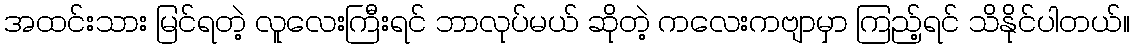
အထင်းသား မြင်ရတဲ့ လူလေးကြီးရင် ဘာလုပ်မယ် ဆိုတဲ့ ကလေးကဗျာမှာ ကြည့်ရင် သိနိုင်ပါတယ်။